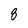
Character: 8